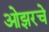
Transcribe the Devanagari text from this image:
ओझरचे